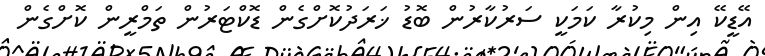
އޭޑީކޭ އިން މިކުރާ ކަމަކީ ސަރުކާރުން ބޮޑު ޚަރަދުކޮށްގެން ޑޮކްޓަރުން ތަމްރީން ކޮށްގެން